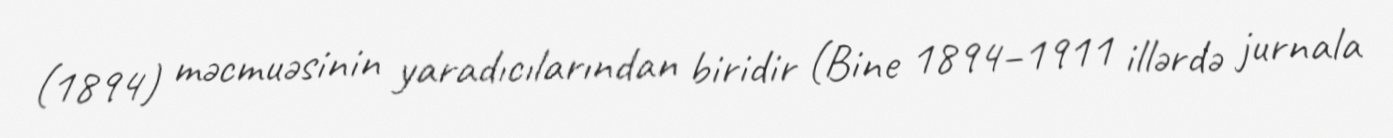
(1894) məcmuəsinin yaradıcılarından biridir (Bine 1894–1911 illərdə jurnala